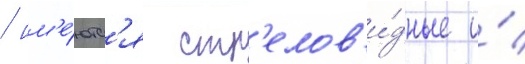
/ им'е́ютс'я стр'елов'и́дные и́